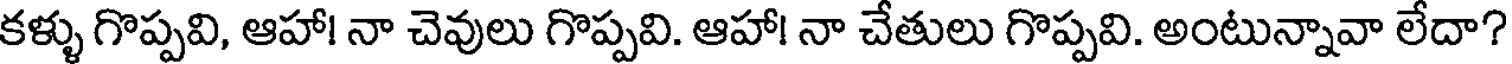
కళ్ళు గొప్పవి, ఆహా! నా చెవులు గొప్పవి. ఆహా! నా చేతులు గొప్పవి. అంటున్నావా లేదా?